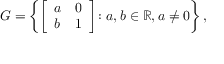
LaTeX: G = \left\{ { \left[ \begin{array} { l l } { a } & { 0 } \\ { b } & { 1 } \end{array} \right] } \colon a , b \in \mathbb { R } , a \neq 0 \right\} ,